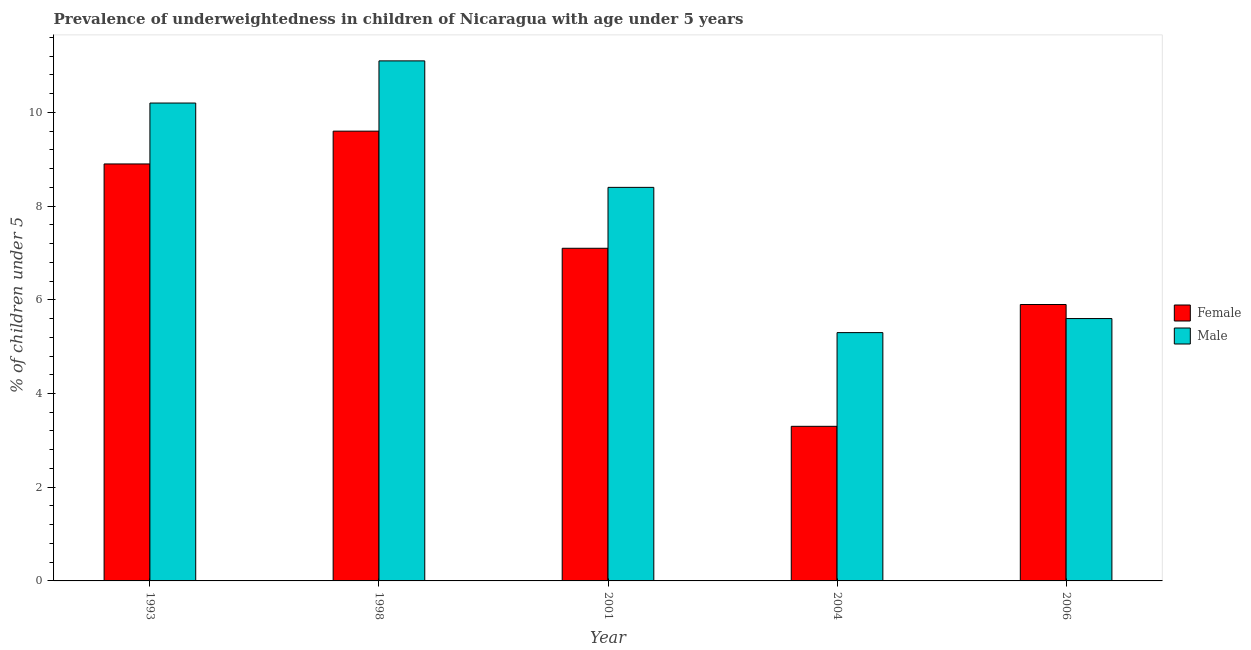
| Year | Female | Male |
 | --- | --- | --- |
 | 1993 | 8.9 | 10.2 |
 | 1998 | 9.6 | 11.1 |
 | 2001 | 7.1 | 8.4 |
 | 2004 | 3.3 | 5.3 |
 | 2006 | 5.9 | 5.6 |